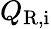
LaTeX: Q_{\mathrm{R,i}}